Plague in India, 1896, 1897 - Volume 3
Year: 1896
Disease focus: Plague
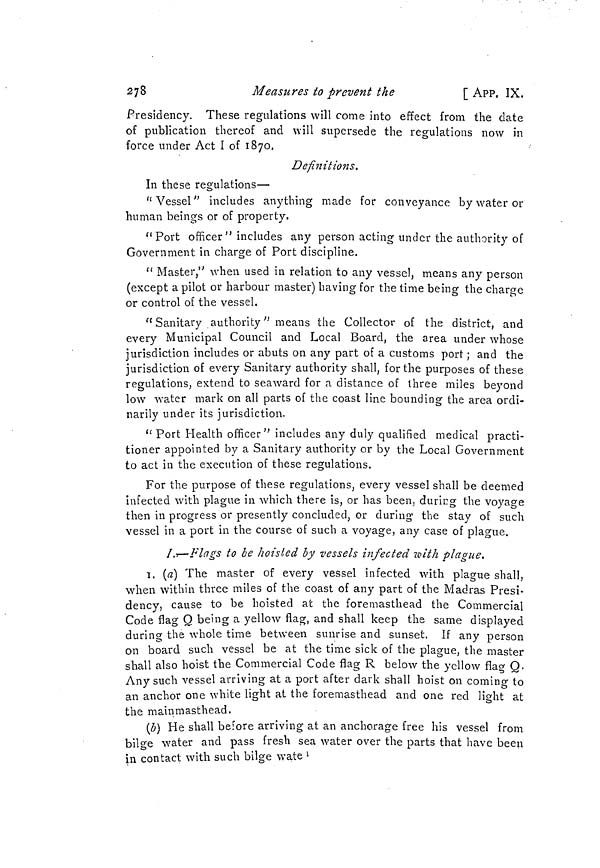
278
Measures to prevent the
[ APP. IX.
Presidency. These regulations will come into effect from the date
of publication thereof and will supersede the regulations now in
force under Act 1 of 1870,
Definitions.
In these regulations—
"Vessel" includes anything made for conveyance by water or
human beings or of property.
"Port officer" includes any person acting under the authority of
Government in charge of Port discipline.
" Master,'' when used in relation to any vessel, means any person
(except a pilot or harbour master) having for the time being the charge
or control of the vessel.
"Sanitary authority " means the Collector of the district, and
every Municipal Council and Local Board, the area under whose
jurisdiction includes or abuts on any part of a customs port ; and the
jurisdiction of every Sanitary authority shall, for the purposes of these
regulations, extend to seaward for a distance of three miles beyond
low water mark on all parts of the coast line bounding the area ordi-
narily under its jurisdiction.
" Port Health officer" includes any duly qualified medical practi-
tioner appointed by a Sanitary authority or by the Local Government
to act in the execution of these regulations.
For the purpose of these regulations, every vessel shall be deemed
infected with plague in which there is, or has been, during the voyage
then in progress or presently concluded, or during the stay of such
vessel in a port in the course of such a voyage, any case of plague.
I.,—Flags to be hoisted by vessels infected with plague.
1. (a) The master of every vessel infected with plague shall,
when within three miles of the coast of any part of the Madras Presi-
dency, cause to be hoisted at the foremasthead the Commercial
Code flag Q being a yellow flag, and shall keep the same displayed
during the whole time between sunrise and sunset, If any person
on board such vessel be at the time sick of the plague, the master
shall also hoist the Commercial Code flag R below the yellow flag Q.
Any such vessel arriving at a port after dark shall hoist on coming to
an anchor one white light at the foremasthead and one red light at
the mainmasthead.
(b) He shall before arriving at an anchorage free his vessel from
bilge water and pass fresh sea water over the parts that have been
in contact with such bilge wate 1